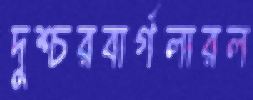
দুশ্চরবার্গলারল